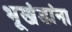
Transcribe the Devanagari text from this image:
भूखंडांना